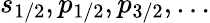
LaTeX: s_{1/2},p_{1/2},p_{3/2},\ldots